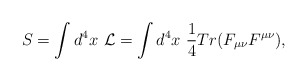
\begin{align*}S= \int d^4 x \ {\cal L} = \int d^4 x \ {1\over 4} Tr(F_{\mu\nu}F^{\mu\nu}), \end{align*}